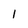
Character: 1